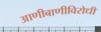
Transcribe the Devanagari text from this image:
आणीबाणीविरोधी